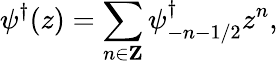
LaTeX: \psi^{\dagger}(z)=\sum_{n\in{\mathbf Z}}\psi_{-n-1/2}^{\dagger}z^{n},